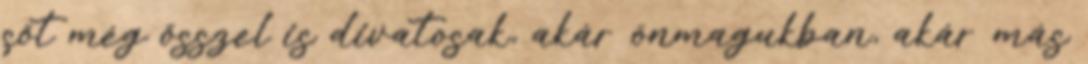
sőt még ősszel is divatosak, akár önmagukban, akár más